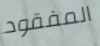
المفقود